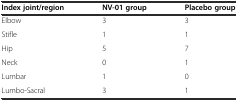
<table><thead><tr><td><b>Index joint/region</b></td><td><b>NV-01 group</b></td><td><b>Placebo group</b></td></tr></thead><tbody><tr><td>Elbow</td><td>3</td><td>3</td></tr><tr><td>Stifle</td><td>1</td><td>1</td></tr><tr><td>Hip</td><td>5</td><td>7</td></tr><tr><td>Neck</td><td>0</td><td>1</td></tr><tr><td>Lumbar</td><td>1</td><td>0</td></tr><tr><td>Lumbo-Sacral</td><td>3</td><td>1</td></tr></tbody></table>